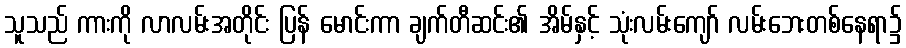
သူသည် ကားကို လာလမ်းအတိုင်း ပြန် မောင်းကာ ချက်တီဆင်း၏ အိမ်နှင့် သုံးလမ်းကျော် လမ်းဘေးတစ်နေရာ၌